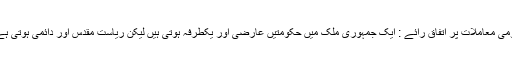
قومی معاملات پر اتفاق رائے : ایک جمہوری ملک میں حکومتیں عارضی اور یکطرفہ ہوتی ہیں لیکن ریاست مقدس اور دائمی ہوتی ہے۔